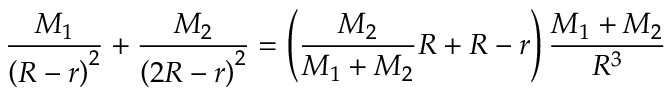
{ \frac { M _ { 1 } } { \left( R - r \right) ^ { 2 } } } + { \frac { M _ { 2 } } { \left( 2 R - r \right) ^ { 2 } } } = \left( { \frac { M _ { 2 } } { M _ { 1 } + M _ { 2 } } } R + R - r \right) { \frac { M _ { 1 } + M _ { 2 } } { R ^ { 3 } } }